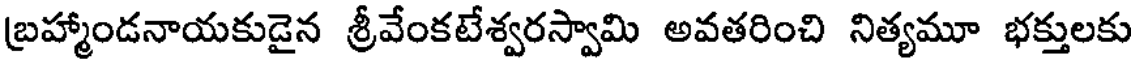
బ్రహ్మాండనాయకుడైన శ్రీవేంకటేశ్వరస్వామి అవతరించి నిత్యమూ భక్తులకు